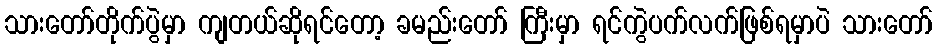
သားတော်တိုက်ပွဲမှာ ကျတယ်ဆိုရင်တော့ ခမည်းတော် ကြီးမှာ ရင်ကွဲပက်လက်ဖြစ်ရမှာပဲ သားတော်